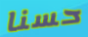
حسنا